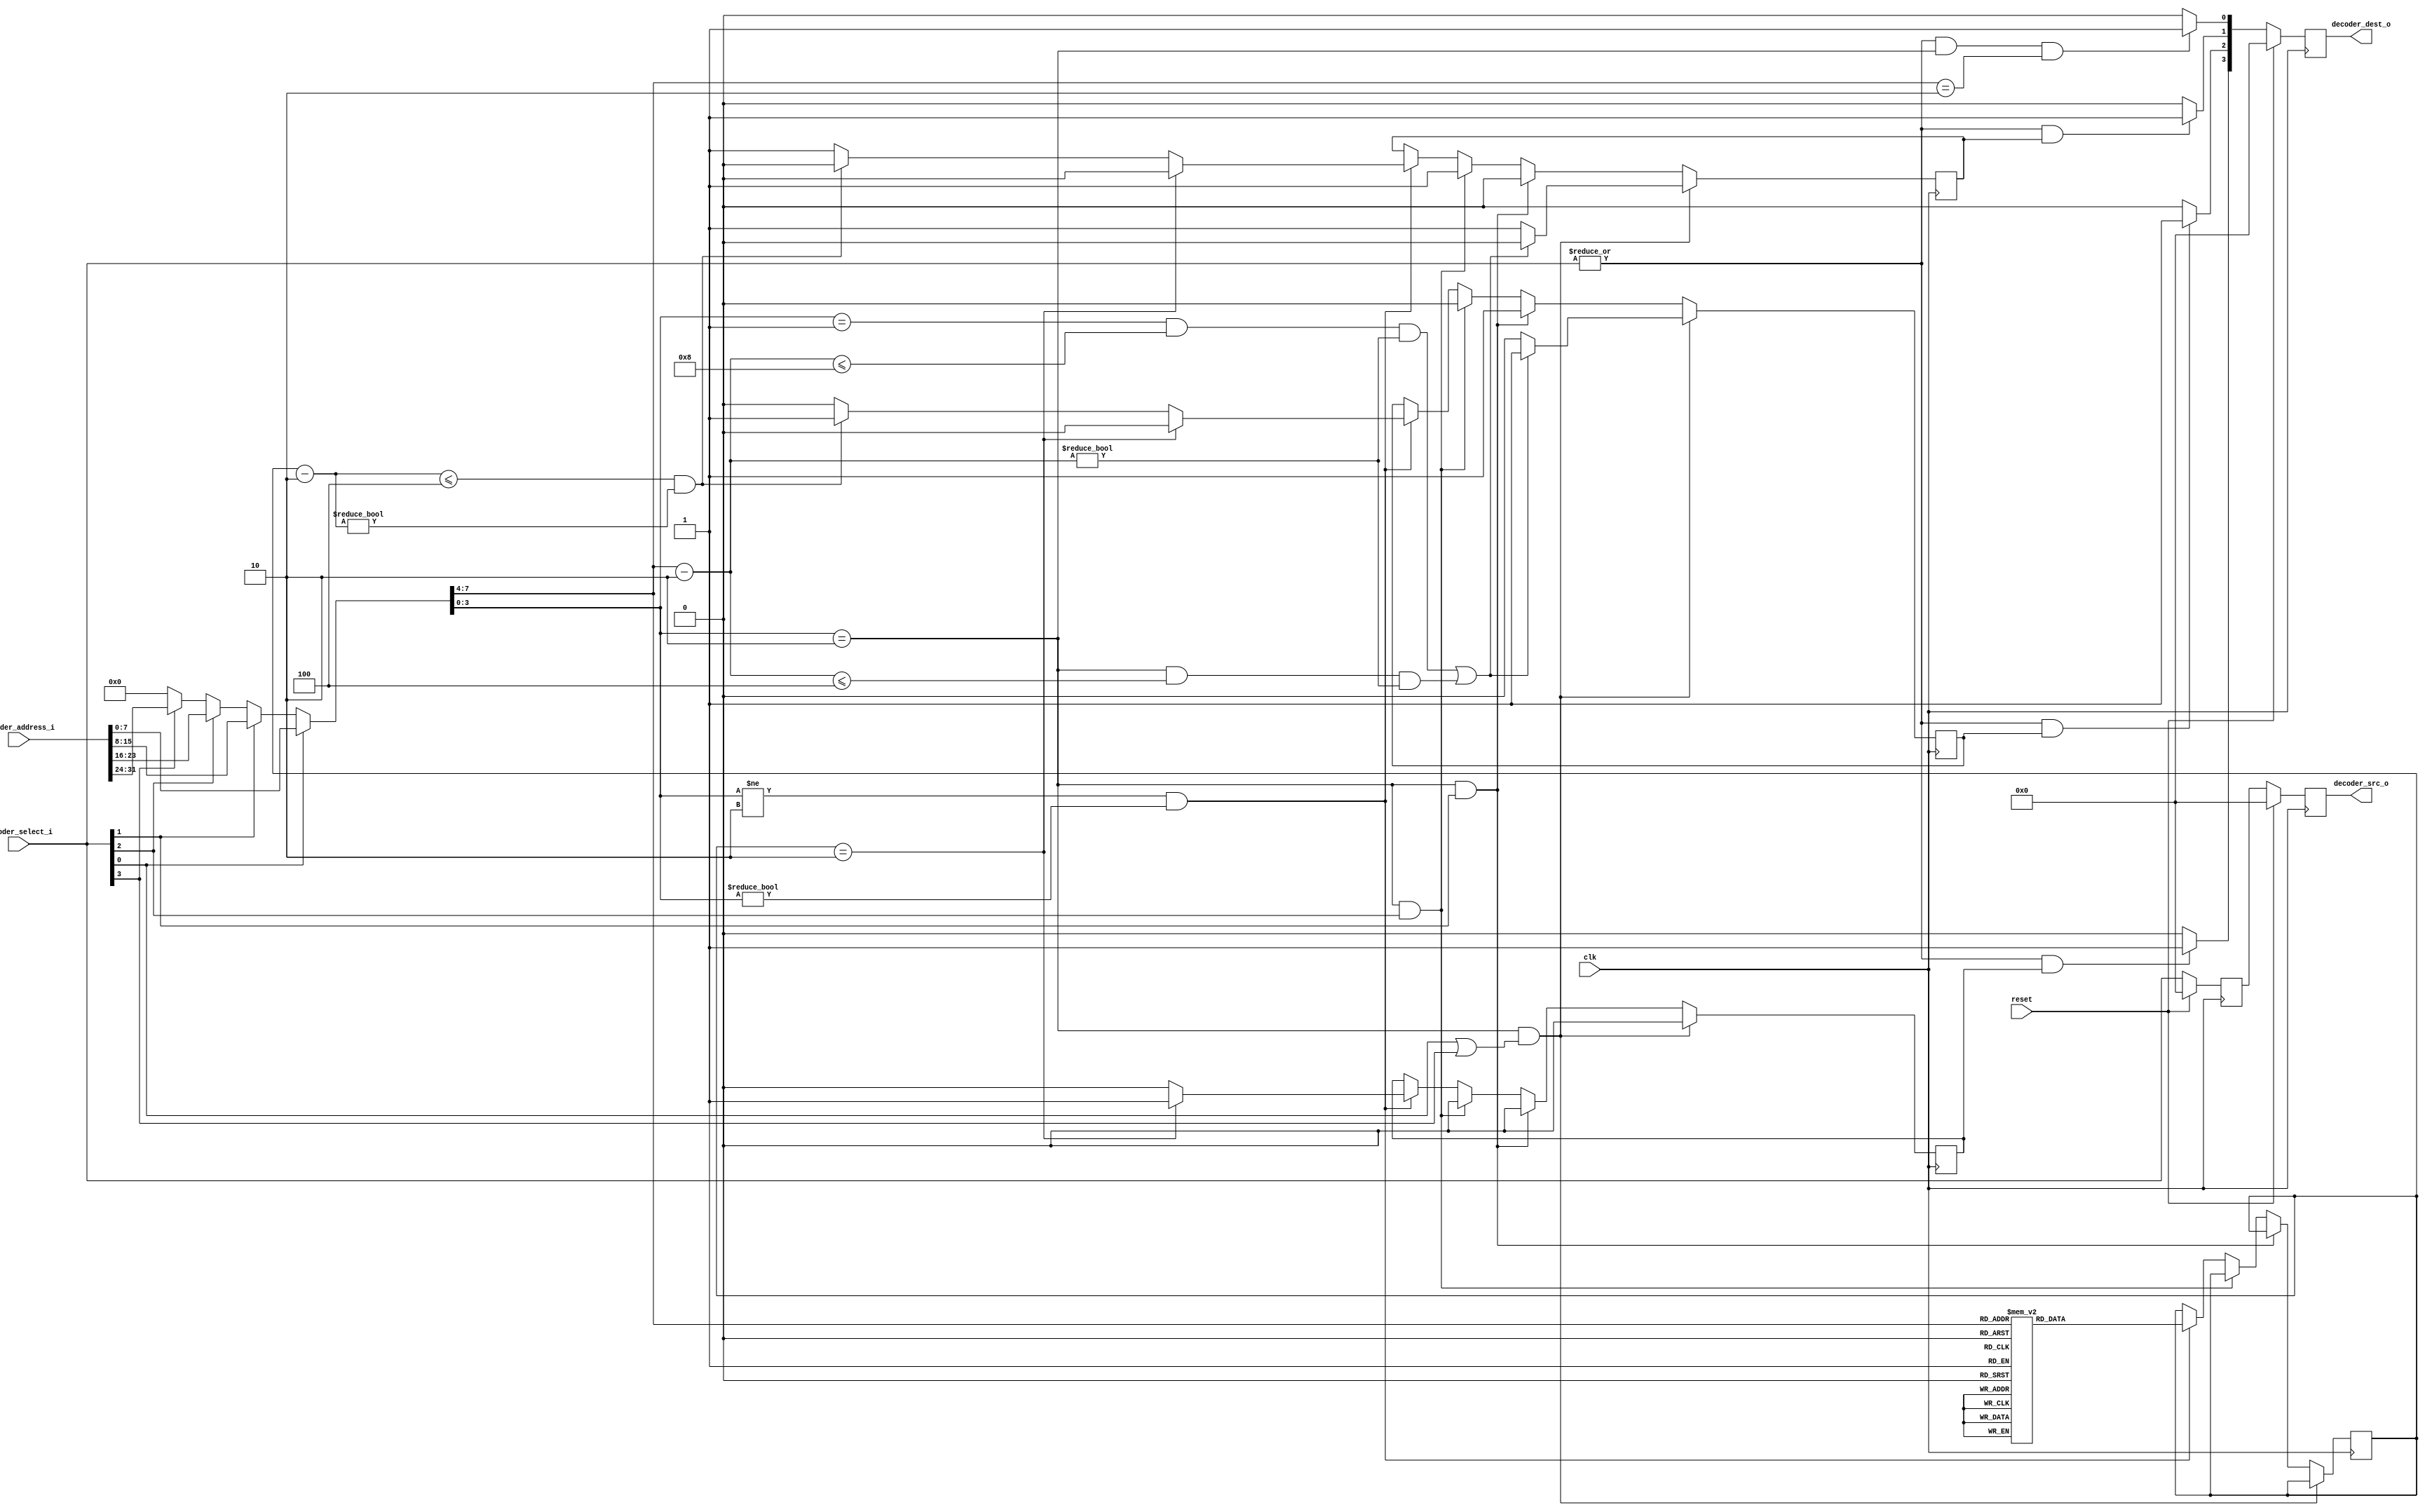
module Decoder
#(
parameter	LOCAL_Y		=	4'b0010,
parameter	LOCAL_X		=	4'b0010,
parameter	PORTS		=	4,

parameter	ADDRYX		=	8,
parameter	ADDRX		=	4,
parameter	ADDRY		=	4,

parameter	IPCOREPOS	=	0,
parameter	BRIDGEPOS	=	3,
parameter	CLKWPOS		=	2,
parameter	ATCLKWPOS	=	1

)
(
//Inputs
input						clk,
input						reset,
input	[PORTS-1:0]			decoder_select_i,   //输入通道选择信号 有效标志位标志需要处理的输入通道请求
input	[PORTS*ADDRYX-1:0]	decoder_address_i,	//	目标节点地址信号 五个方向输入通道目标节点地址的拼掿 范围涵盖五个方向的地坿

//Outputs
output	[PORTS-1:0]			decoder_src_o, //输入通道方向编号 有效比特位标识可以优先参与仲裁的输入通道编号
output	[PORTS-1:0]			decoder_dest_o // 输出通道方向 有效比特位标识参与仲裁的输入通道相对应的输出通道

);

reg		[PORTS-1:0]		src_r;
reg		[PORTS-1:0]		dest_r;
wire	[ADDRX-1:0]		addr_x_num;
wire	[ADDRY-1:0]		addr_y_num;
wire	[PORTS-1:0]		dest_num;
wire	[ADDRYX-1:0]    address_num;


//SELECT ADDRESS
assign	address_num	=	decoder_select_i[0]?	decoder_address_i[ADDRYX-1:0]: 
						decoder_select_i[1]?	decoder_address_i[2*ADDRYX-1:ADDRYX]:
						decoder_select_i[2]?	decoder_address_i[3*ADDRYX-1:2*ADDRYX]:
						decoder_select_i[3]?	decoder_address_i[4*ADDRYX-1:3*ADDRYX]:{ADDRYX{1'b0}};
												
//GET THE DEST ADDRESS
assign	addr_y_num	=	address_num[ADDRX+ADDRY-1:ADDRX];				
assign	addr_x_num	=	address_num[ADDRX-1:0];	

//algorithm
reg  CLKW= 1'b0;
reg  ATCLKW= 1'b0;
reg  BRIDGE= 1'b0;
reg [3:0] addr_y_bridge;
wire [3:0] abs;
reg [3:0] abs2;

assign abs=addr_y_num - LOCAL_Y ; 
always@(posedge clk )begin
	if(addr_x_num==LOCAL_X && (decoder_select_i[0]==1'b1||decoder_select_i[3]==1'b1))begin	
		if((addr_x_num == 4'd1 && abs <= 8 && abs!=0) || (addr_x_num == 4'd2 && abs <= 4 && abs!=0))begin
				CLKW <= 1'b1;
				ATCLKW <= 1'b0;
				BRIDGE <= 1'b0;
				end
		else begin
				ATCLKW <= 1'b1;
				CLKW <= 1'b0;
				BRIDGE <= 1'b0;
				end
	end
	else if(addr_x_num==LOCAL_X && decoder_select_i[1]==1'b1)begin
			CLKW <= 1'b1;
			ATCLKW <= 1'b0;
			BRIDGE <= 1'b0;
			end
	else if(addr_x_num==LOCAL_X && decoder_select_i[2]==1'b1)begin
			CLKW   <= 1'b0;
			ATCLKW <= 1'b1;
			BRIDGE <= 1'b0;
			end	
	else if(addr_x_num!=LOCAL_X && addr_x_num != 4'd0)begin
		if(LOCAL_X == 4'd2)begin
			case(addr_y_num)
			4'd0: addr_y_bridge <= 4'd1;
			4'd1: addr_y_bridge <= 4'd1;
			4'd2: addr_y_bridge <= 4'd1;
			4'd3: addr_y_bridge <= 4'd1;
			4'd4: addr_y_bridge <= 4'd3;
			4'd5: addr_y_bridge <= 4'd3;
			4'd6: addr_y_bridge <= 4'd3;
			4'd7: addr_y_bridge <= 4'd3;
			4'd8: addr_y_bridge <= 4'd5;
			4'd9: addr_y_bridge <= 4'd5;
			4'd10: addr_y_bridge <= 4'd5;
			4'd11: addr_y_bridge <= 4'd5;
			4'd12: addr_y_bridge <= 4'd7;
			4'd13: addr_y_bridge <= 4'd7;
			4'd14: addr_y_bridge <= 4'd7;
			4'd15: addr_y_bridge <= 4'd7;
			default:;
			endcase
			abs2=addr_y_bridge - LOCAL_Y ;
			if(addr_y_bridge == LOCAL_Y)begin
				BRIDGE <= 1'b1;
				ATCLKW <= 1'b0;
				CLKW <= 1'b0;
			end
			else if(abs2 <= 4 && abs2!=0)begin
				CLKW   <= 1'b1;
				BRIDGE <= 1'b0;
				ATCLKW <= 1'b0;
			end
			else
				begin
				ATCLKW <=1'b1;
				CLKW   <= 1'b0;
				BRIDGE <= 1'b0;
			end
		end
		else if(LOCAL_X == 4'd1)begin
			case(LOCAL_Y)
			4'd0: addr_y_bridge <= 4'd2;
			4'd1: addr_y_bridge <= 4'd2;
			4'd2: addr_y_bridge <= 4'd2;
			4'd3: addr_y_bridge <= 4'd2;
			4'd4: addr_y_bridge <= 4'd6;
			4'd5: addr_y_bridge <= 4'd6;
			4'd6: addr_y_bridge <= 4'd6;
			4'd7: addr_y_bridge <= 4'd6;
			4'd8: addr_y_bridge <= 4'd10;
			4'd9: addr_y_bridge <= 4'd10;
			4'd10: addr_y_bridge <= 4'd10;
			4'd11: addr_y_bridge <= 4'd10;
			4'd12: addr_y_bridge <= 4'd14;
			4'd13: addr_y_bridge <= 4'd14;
			4'd14: addr_y_bridge <= 4'd14;
			4'd15: addr_y_bridge <= 4'd14;
			default:;
			endcase		
			if(addr_y_bridge == LOCAL_Y)begin
				BRIDGE <= 1'b1;
				ATCLKW <= 1'b0;
				CLKW <= 1'b0;
			end
			else if(addr_y_bridge > LOCAL_Y)begin
				CLKW   <= 1'b1;
				BRIDGE <= 1'b0;
				ATCLKW <= 1'b0;
			end
			else if(addr_y_bridge < LOCAL_Y)begin
				ATCLKW <=1'b1;
				CLKW   <= 1'b0;
				BRIDGE <= 1'b0;
			end
		end
	end
end

//ROUTING                            |归约或
assign	dest_num[IPCOREPOS]		=	(|decoder_select_i && addr_x_num==LOCAL_X  &&  addr_y_num==LOCAL_Y)?	1'b1:1'b0;
assign	dest_num[BRIDGEPOS]		=	(|decoder_select_i && BRIDGE == 1'b1)?	1'b1:1'b0;
assign	dest_num[CLKWPOS]		=	(|decoder_select_i && CLKW	 == 1'b1)?	1'b1:1'b0;
assign	dest_num[ATCLKWPOS]		=	(|decoder_select_i && ATCLKW == 1'b1)?	1'b1:1'b0;

//REGISTER	DEST
always@(posedge clk)
	if(reset)
		dest_r<={PORTS{1'b0}};
	else
		dest_r<=dest_num;

//REGISTER	SRC

//delay src
always@(posedge clk)
	if(reset)
		src_r_delay<={PORTS{1'b0}};
	else
		src_r_delay<=decoder_select_i;

reg		[PORTS-1:0]		src_r_delay;
always@(posedge clk)
	if(reset)
		src_r<={PORTS{1'b0}};
	else
		src_r<=src_r_delay;	          	
//OUTPUT
assign	decoder_src_o	=	src_r;
assign	decoder_dest_o	=	dest_r;
	          


endmodule